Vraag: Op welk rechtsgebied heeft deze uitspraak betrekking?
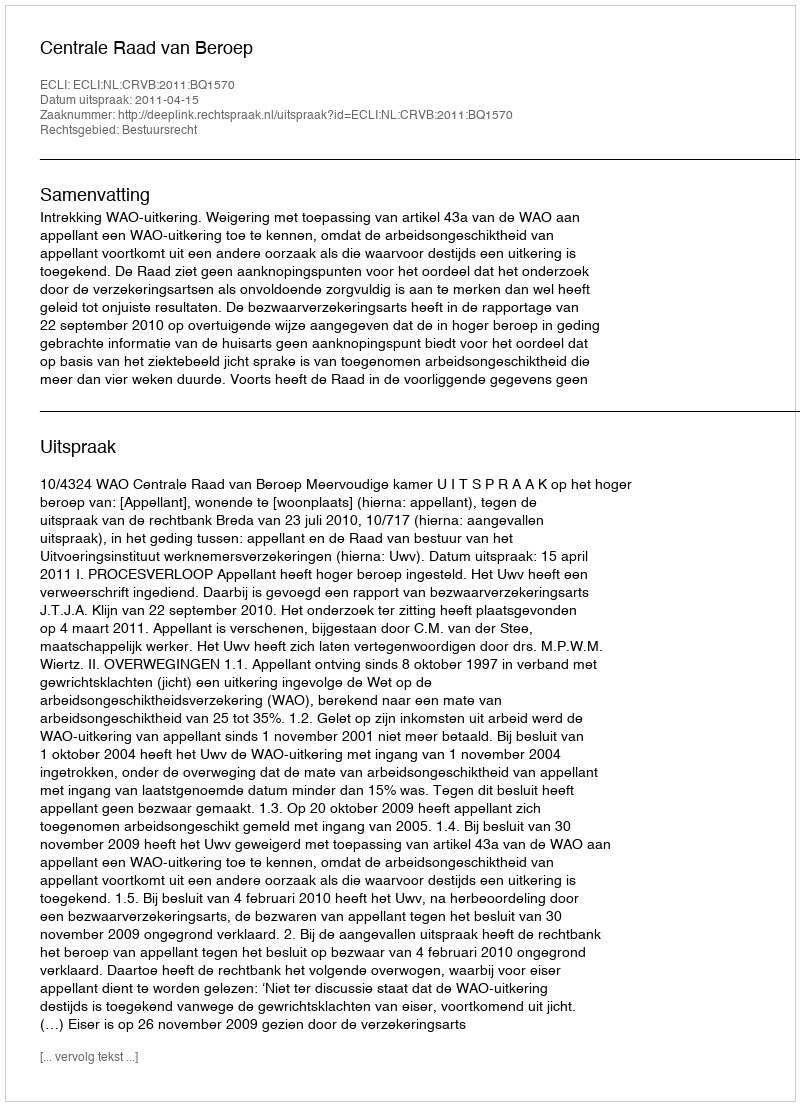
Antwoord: Bestuursrecht